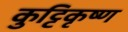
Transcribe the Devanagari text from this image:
कुट्टिकृष्ण